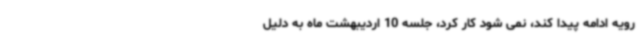
رویه ادامه پیدا کند، نمی شود کار کرد، جلسه 10 اردیبهشت ماه به دلیل